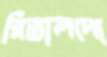
রিভালদো